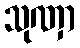
သုဏှာ